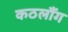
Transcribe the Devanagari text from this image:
कठलौंग